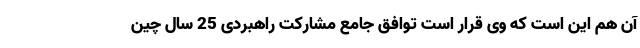
آن هم این است که وی قرار است توافق جامع مشارکت راهبردی 25 سال چین